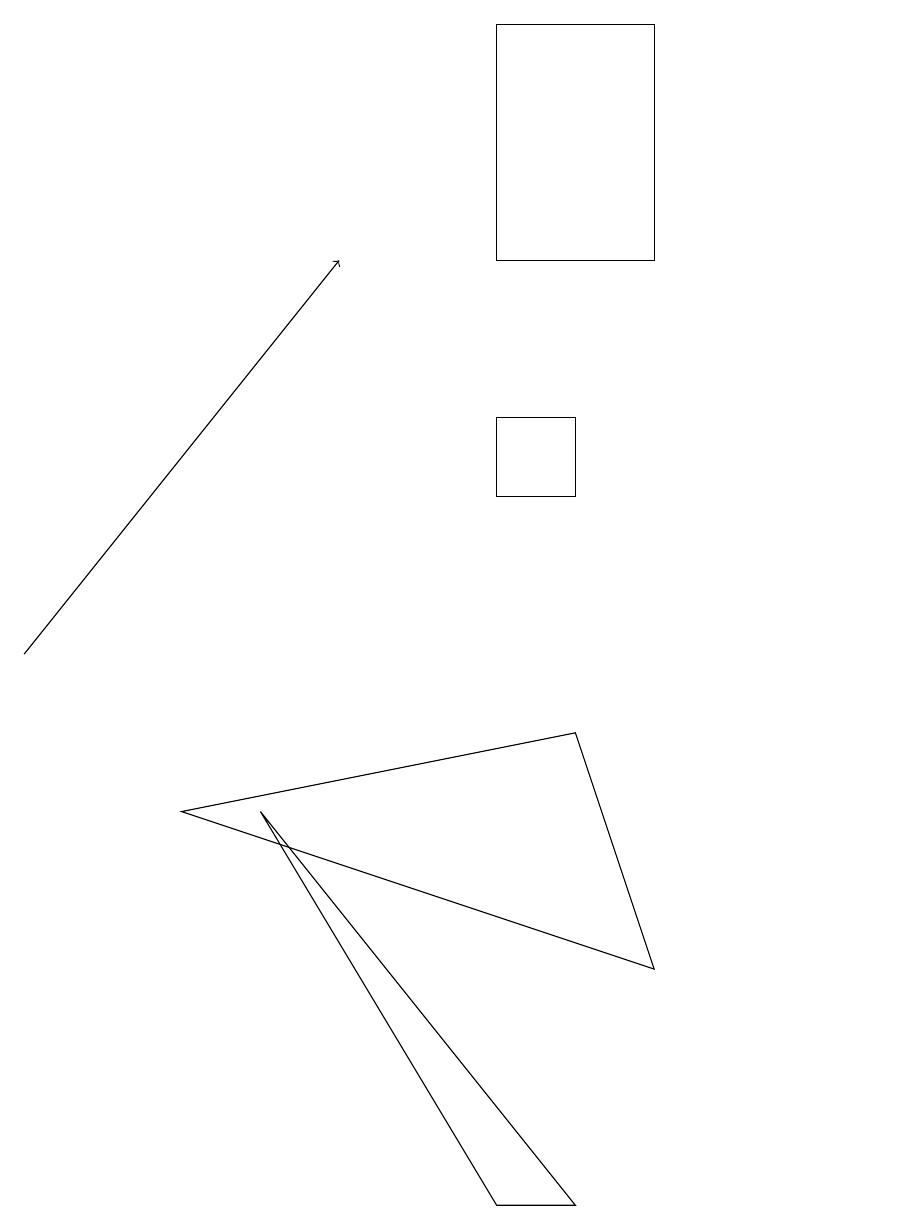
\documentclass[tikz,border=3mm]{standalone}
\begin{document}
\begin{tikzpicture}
\draw (6,12) rectangle (7,13);
\draw[->] (0,10) -- (4,15);
\draw (8,18) rectangle (6,15);
\draw (10,10) circle (0);
\draw (11,10) circle (0);
\draw (8,6) -- (7,9) -- (2,8) -- cycle;
\draw (7,3) -- (6,3) -- (3,8) -- cycle;
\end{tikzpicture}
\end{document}